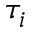
\tau _ { i }